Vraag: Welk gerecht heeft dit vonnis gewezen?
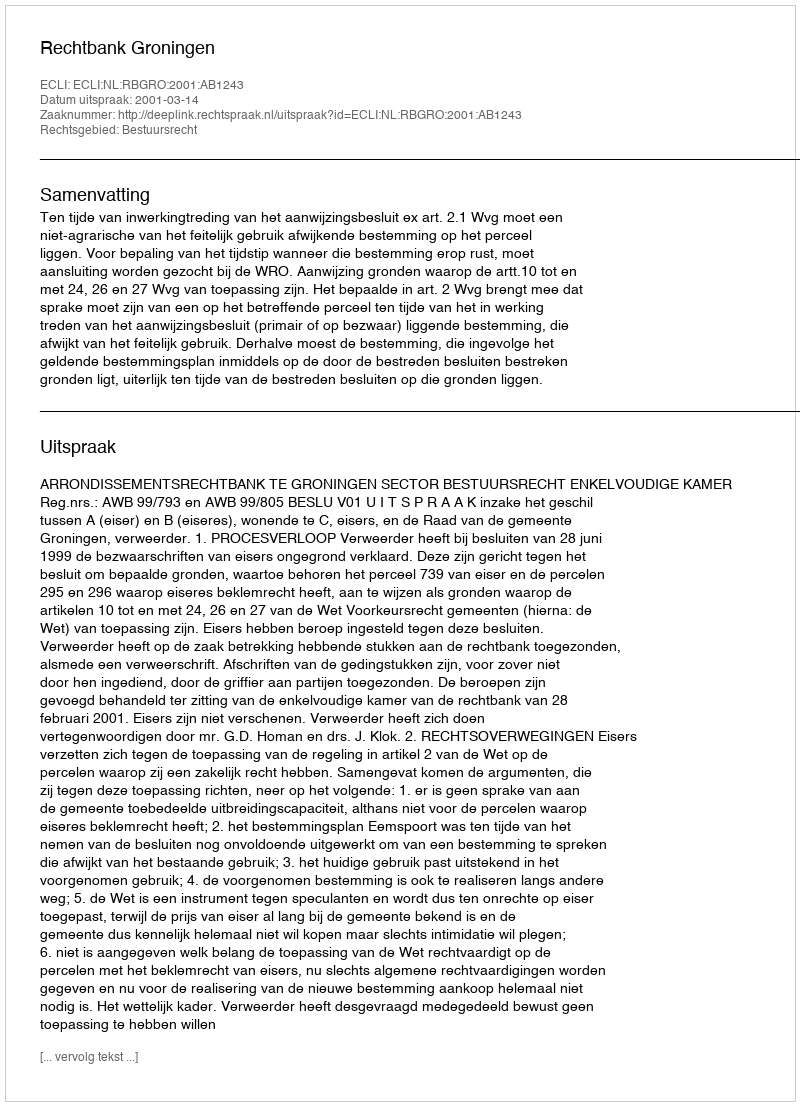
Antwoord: Rechtbank Groningen